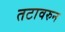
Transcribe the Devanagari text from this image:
तटावरुन